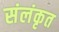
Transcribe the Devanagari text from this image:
संलंकृत